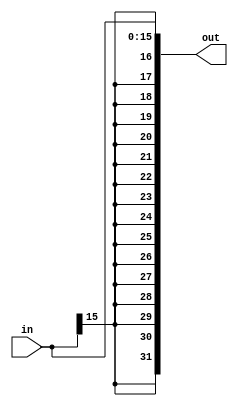
`timescale 1ns / 1ps
///////////////////////////////////////////////////////////////////////////////////////////////////////////////////////
// Company:			
//					
// Engineer: 		
//
// Create Date:		
// Design Name: 	
// Module Name:     
// Project Name:	
// Target Devices: 
// Tool versions:
// Description:		
//
// Dependencies:
//
// Revision:
//
//
// Additional Comments:
//
///////////////////////////////////////////////////////////////////////////////////////////////////////////////////////

module sign_extension

(
    in,	//16-bit input
	out	//32-bit sign extended output
);

    //--------------------------
	// Parameters
	//--------------------------	
	parameter INPUT_DWIDTH = 16;
	parameter OUTPUT_DWIDTH = 32;
    //--------------------------
	// Input Ports
	//--------------------------
	// < Enter Input Ports  >
    input 		[INPUT_DWIDTH-1:0]	in;
	
    //--------------------------
    // Output Ports
    //--------------------------
    // < Enter Output Ports  >	
    output 	[OUTPUT_DWIDTH-1:0] 	out; 
		
    //--------------------------
    // Bidirectional Ports
    //--------------------------
    // < Enter Bidirectional Ports in Alphabetical Order >
    // None
      
    ///////////////////////////////////////////////////////////////////
    // Begin Design
    ///////////////////////////////////////////////////////////////////
    //-------------------------------------------------
    // Signal Declarations: local params
    //-------------------------------------------------
	localparam SIGN_BIT_LOCATION = INPUT_DWIDTH-1;
	localparam SIGN_BIT_REPLICATION_COUNT = OUTPUT_DWIDTH - INPUT_DWIDTH;
	
    //-------------------------------------------------
    // Signal Declarations: reg
    //-------------------------------------------------    
    
    //-------------------------------------------------
    // Signal Declarations: wire
    //-------------------------------------------------
		
	//---------------------------------------------------------------
	// Instantiations
	//---------------------------------------------------------------
	// None

	//---------------------------------------------------------------
	// Combinatorial Logic
	//---------------------------------------------------------------
	assign out = {{SIGN_BIT_REPLICATION_COUNT{in[SIGN_BIT_LOCATION]}},in[INPUT_DWIDTH-1:0]};
	
	//---------------------------------------------------------------
	// Sequential Logic
	//---------------------------------------------------------------
    
 endmodule